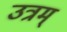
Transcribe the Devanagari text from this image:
उत्रम्